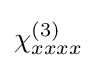
\chi _{xxxx}^{(3)}